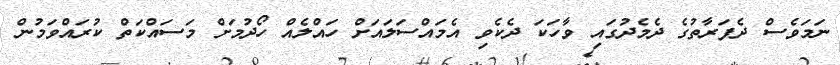
ނަމަވެސް ދެފަރާތުގެ ދެމެދުގައި ވާހަކަ ދެކެވި އެމައްސަލައަށް ހައްލެއް ހޯދުމަށް މަސައްކަތް ކުރައްވަމުން